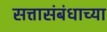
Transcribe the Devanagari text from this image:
सत्तासंबंधाच्या